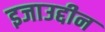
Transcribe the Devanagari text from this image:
इजाउद्दीन